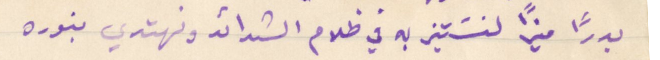
بدرًا منيرًا لنسَتنير به في ظلام الشدائد ونهتدي بنوره